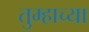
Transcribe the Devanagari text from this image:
तुम्हाच्या